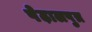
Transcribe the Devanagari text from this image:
पेढ़ालपुत्र